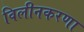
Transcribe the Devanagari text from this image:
विलीनकरणा